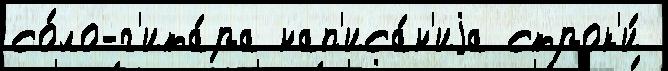
со́ло-г'ита́ра нап'иса́н'иjа строк'и́